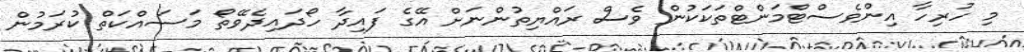
މި ހުރިހާ އިންވެސްޓްމަންޓްތަކަކުން ވެސް ރައްޔިތުންނަށް އޭގެ ފައިދާ ހޯދައިދެވޭތޯ މަސައްކަތް ކުރަމުން